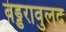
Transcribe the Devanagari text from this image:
वड्डरावुलद